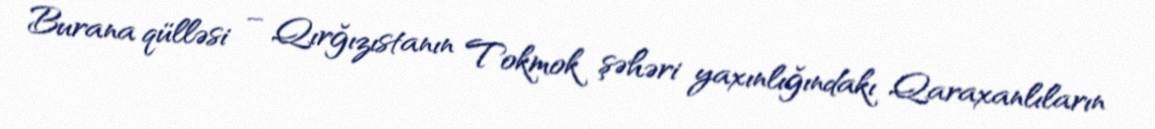
Burana qülləsi – Qırğızıstanın Tokmok şəhəri yaxınlığındakı Qaraxanlıların